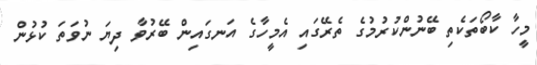
މީހާ ކާބޯތަކެތި ބޭނުންކުރުމުގެ ތެރޭގައި އެމީހާގެ އަނގައިން ބޭރުވާ ދިޔަ ނުވަތަ ކުޅުން